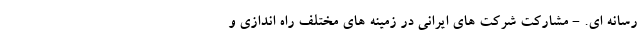
رسانه ای. - مشارکت شرکت های ایرانی در زمینه های مختلف راه اندازی و